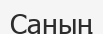
Саның